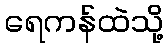
ရေကန်ထဲသို့